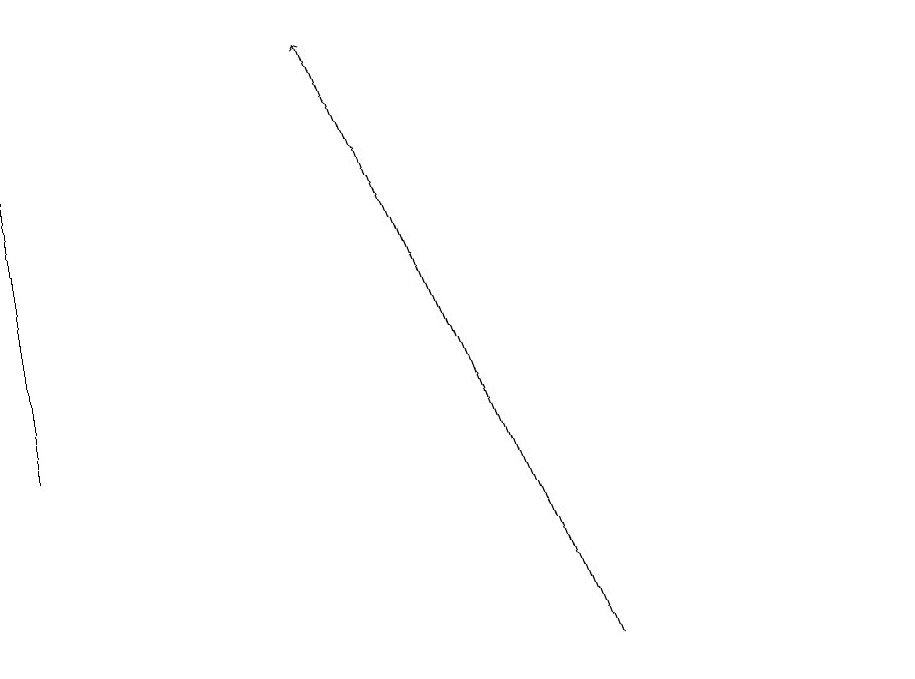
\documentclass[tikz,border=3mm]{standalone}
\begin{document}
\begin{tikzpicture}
\draw (0,18) rectangle (0,13);
\draw (11,10) circle (0);
\draw[->] (7,10) -- (4,18);
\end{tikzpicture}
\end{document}